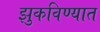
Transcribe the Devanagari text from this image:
झुकविण्यात